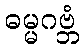
ဓမ္မဂဗ္ဘံ